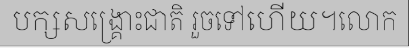
បក្សសង្គ្រោះជាតិ រួចទៅហើយ។លោក